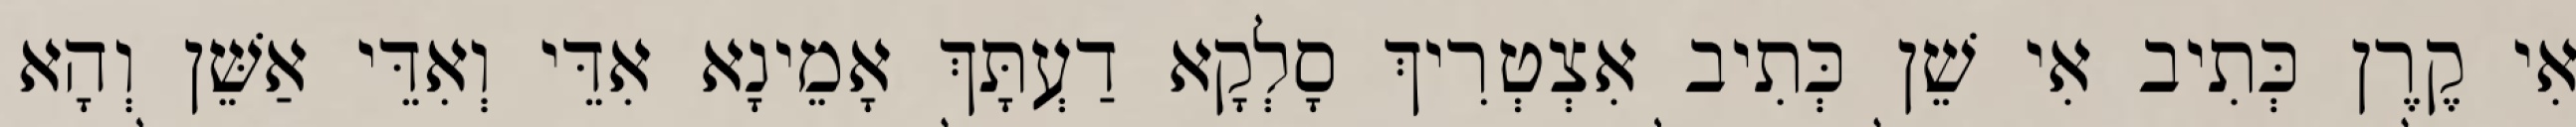
אִי קֶרֶן כְּתִיב אִי שֵׁן כְּתִיב אִצְטְרִיךְ סָלְקָא דַעְתָּךְ אָמֵינָא אִדֵּי וְאִדֵּי אַשֵּׁן וְהָא